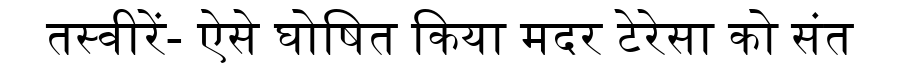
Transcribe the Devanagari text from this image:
तस्वीरें- ऐसे घोषित किया मदर टेरेसा को संत